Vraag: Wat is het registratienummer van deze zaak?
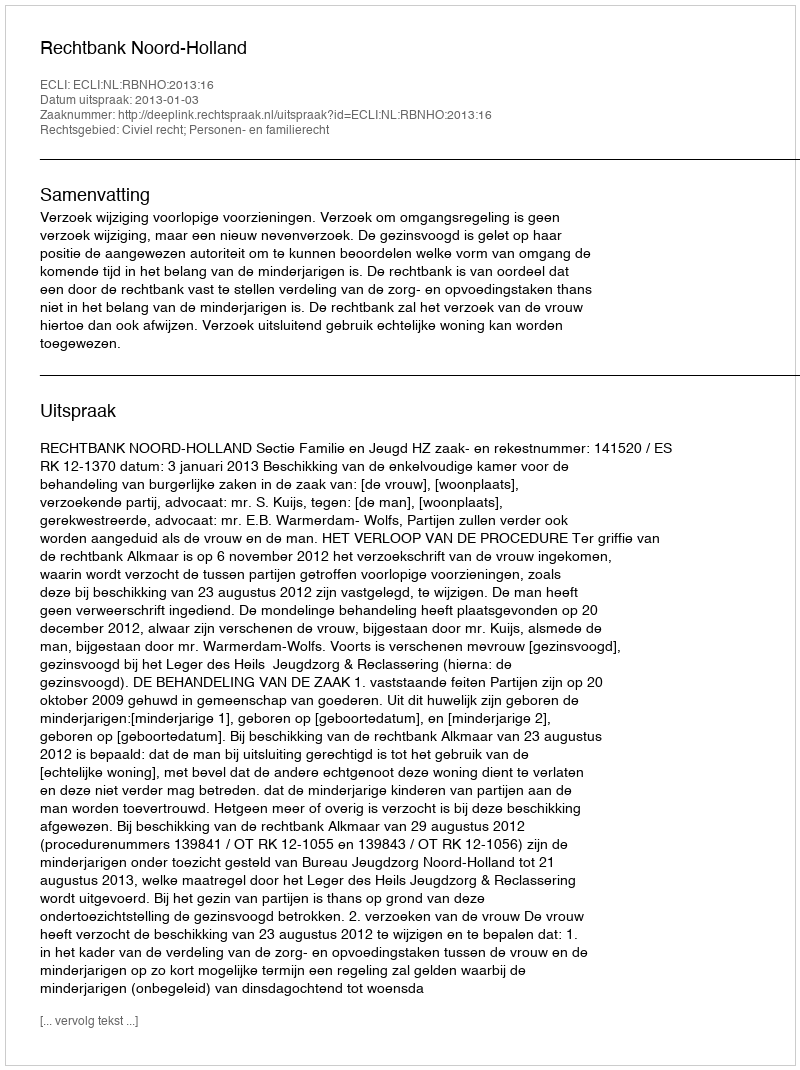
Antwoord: http://deeplink.rechtspraak.nl/uitspraak?id=ECLI:NL:RBNHO:2013:16